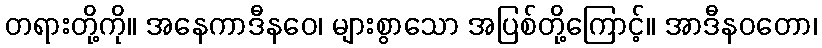
တရားတို့ကို။ အနေကာဒီနဝေ၊ များစွာသော အပြစ်တို့ကြောင့်။ အာဒီနဝတော၊